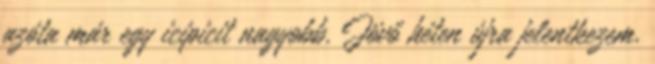
azóta már egy icipicit nagyobb. Jövő héten újra jelentkezem.